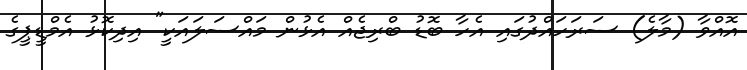
އޮއްވާ (މާލެ) ސަރަހައްދުގައި އެހާ ބޮޑު ބްރިޖެއް އެޅުން މައްސަލައަކީ" އިދިކޮޅު އެމްޑީޕީގެ